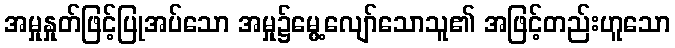
အမှုနှုတ်ဖြင့်ပြုအပ်သော အမှု၌မွေ့လျော်သောသူ၏ အဖြင့်တည်းဟူသော